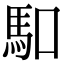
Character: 𠺎